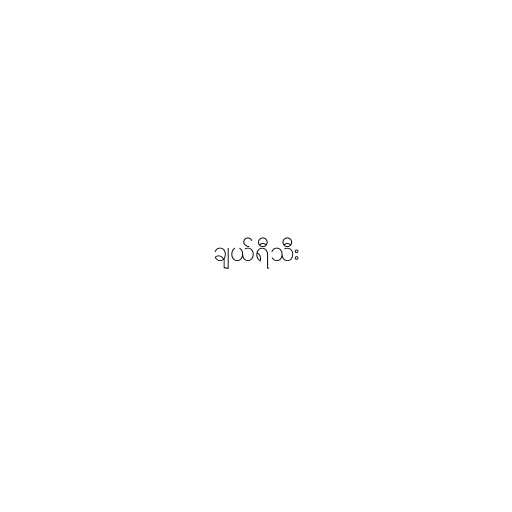
ချယ်ရီသီး